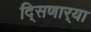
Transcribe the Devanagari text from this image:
दि्सणार्‍या